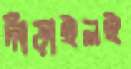
দাঁড়াইলই